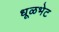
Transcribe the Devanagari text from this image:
धूळभेट